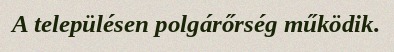
A településen polgárőrség működik.